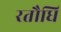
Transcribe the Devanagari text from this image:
रतौधि